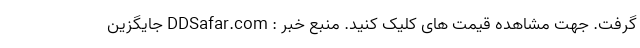
گرفت. جهت مشاهده قیمت های کلیک کنید. منبع خبر : DDSafar.com جایگزین